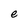
Character: e